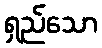
ရှည်သော